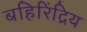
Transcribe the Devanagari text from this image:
बहिरिंद्रिय